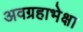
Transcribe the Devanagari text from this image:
अवग्रहाभेक्षा